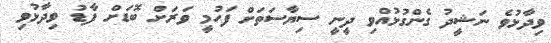
ވިދާޅުވެ ނަޝީދު ގެންގުޅުއްވި ދީނީ ސިޔާސަތަށް ފަހުމީ ވަރަށް ބޮޑަށް ފާޑު ވިދާޅުވި